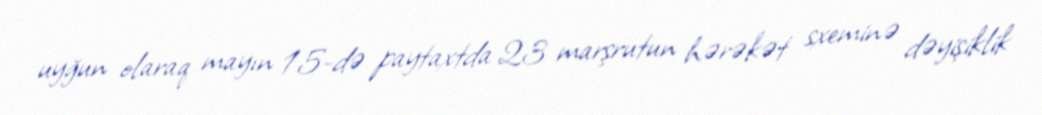
uyğun olaraq mayın 15-də paytaxtda 23 marşrutun hərəkət sxeminə dəyişiklik